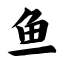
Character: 鱼